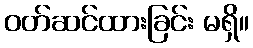
ဝတ်ဆင်ထားခြင်း မရှိ။